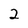
Character: 2